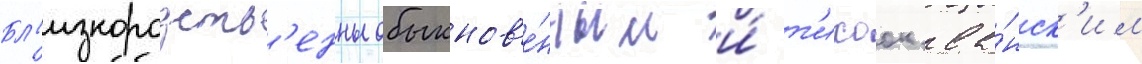
Бл'изкородств'енны обыкнов'е́нным и́ т'ихоок'еа́нск'им